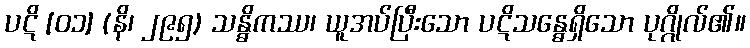
ပဋိ [၀၁] (နိ၊ ၂၉၅) သန္ဓိကဿ၊ ယူအပ်ပြီးသော ပဋိသန္ဓေရှိသော ပုဂ္ဂိုလ်၏။